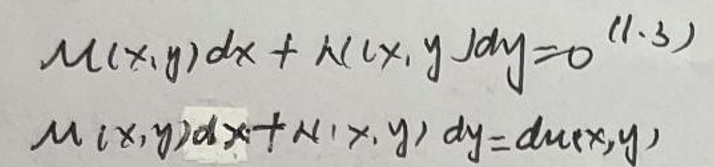
\[
\begin{align*}
M(x,y)dx + N(x,y)dy&=0 \quad(1.3)\\
M(x,y)dx + N(x,y)dy&=du(x,y)
\end{align*}
\]